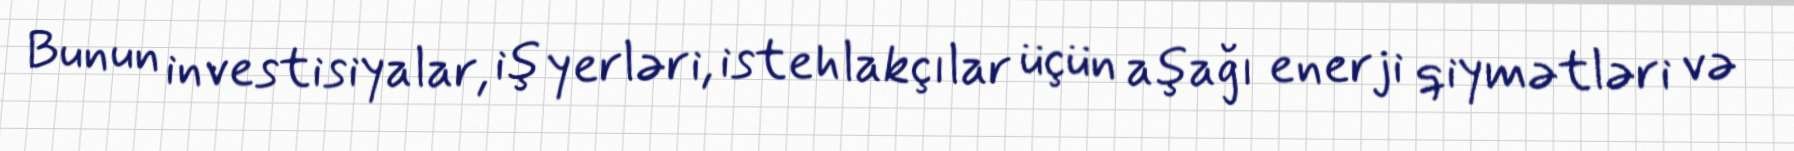
Bunun investisiyalar, iş yerləri, istehlakçılar üçün aşağı enerji qiymətləri və